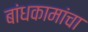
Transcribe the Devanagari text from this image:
बांधकामांचा